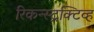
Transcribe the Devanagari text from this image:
रिकन्स्ट्रक्टिव्ह